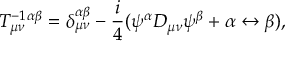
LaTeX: T _ { \mu \nu } ^ { - 1 } { } ^ { \alpha \beta } = \delta _ { \mu \nu } ^ { \alpha \beta } - \frac { i } { 4 } ( \psi ^ { \alpha } { \cal D } _ { \mu \nu } \psi ^ { \beta } + \alpha \leftrightarrow \beta ) ,